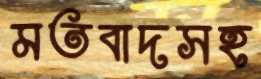
মতবাদসহ